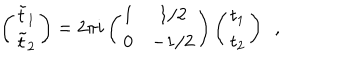
\left( \begin{array} { c } { { { \tilde { t } } _ { 1 } } } \\ { { { \tilde { t } } _ { 2 } } } \\ \end{array} \right) = 2 \pi i \left( \begin{array} { c c } { { 1 } } & { { 1 / 2 } } \\ { { 0 } } & { { - 1 / 2 } } \\ \end{array} \right) \left( \begin{array} { c } { { t _ { 1 } } } \\ { { t _ { 2 } } } \\ \end{array} \right) \, \, \, ,